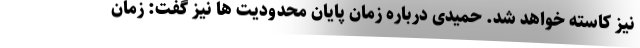
نیز کاسته خواهد شد. حمیدی درباره زمان پایان محدودیت ها نیز گفت: زمان